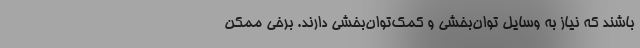
باشند که نیاز به وسایل توان‌بخشی و کمک‌توان‌بخشی دارند. برخی ممکن